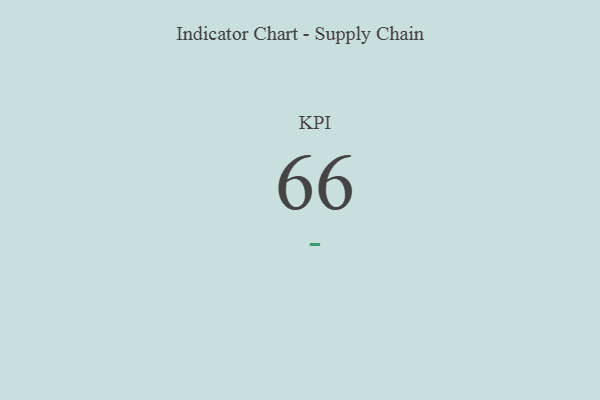
{"axis": {"x": "KPI", "y": "Value"}, "legend": [""], "data": [{"x": "KPI", "y": 66, "type": ""}]}